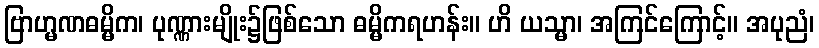
ဗြာဟ္မဏဓမ္မိက၊ ပုဏ္ဏားမျိုး၌ဖြစ်သော ဓမ္မိကရဟန်း။ ဟိ ယသ္မာ၊ အကြင်ကြောင့်။ အပုညံ၊